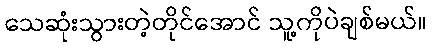
သေဆုံးသွားတဲ့တိုင်အောင် သူ့ကိုပဲချစ်မယ်။